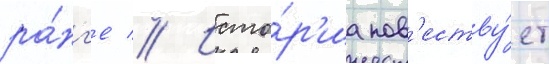
ра́нг'е // Исто́р'иа пов'еству́ет